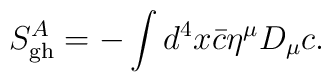
S^A_{\rm gh}=-\int d^4x{\bar c}\eta^\mu D_\mu c.